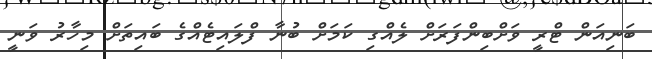
ބަނިއަން ޓްރީ ވަށްބިންފަރަށް ލެއްގި ކަމަށް ބުނާ ފްލައިޓެއްގެ ބައިތަށް މިހާރު ވަނީ